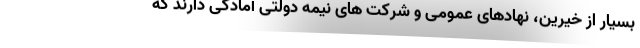
بسیار از خیرین، نهادهای عمومی و شرکت های نیمه دولتی آمادگی دارند که